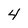
Character: 4